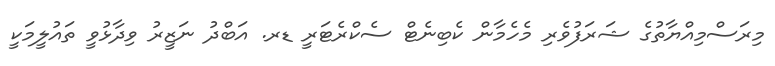
މިރަސްމިއްޔާތުގެ ޝަރަފުވެރި މެހެމާން ކެބިނެޓް ސެކްރެޓަރީ ޑރ. އަބްދު ނަޒީރު ވިދާޅުވީ ތައުލީމަކީ